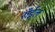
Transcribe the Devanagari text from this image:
रॉईल